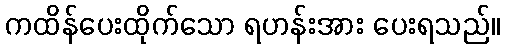
ကထိန်ပေးထိုက်သော ရဟန်းအား ပေးရသည်။